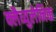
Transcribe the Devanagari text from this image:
क्लैव्युलेनिक